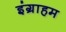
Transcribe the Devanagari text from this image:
इंग्राहम